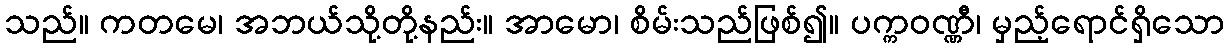
သည်။ ကတမေ၊ အဘယ်သို့တို့နည်း။ အာမော၊ စိမ်းသည်ဖြစ်၍။ ပက္ကဝဏ္ဏီ၊ မှည့်ရောင်ရှိသော